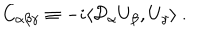
C _ { \alpha \beta \gamma } \equiv - i \langle { \cal D } _ { \alpha } U _ { \beta } , U _ { \gamma } \rangle \ .